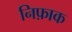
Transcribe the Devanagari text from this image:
निफ़ाक